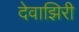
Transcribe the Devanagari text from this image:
देवाझिरी